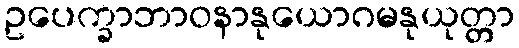
ဥပေက္ခာဘာဝနာနုယောဂမနုယုတ္တာ